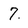
Character: 7